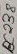
Text: BC238